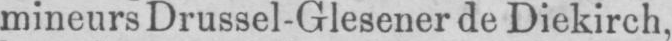
mineurs Drussel-Glesener de Diekirch,